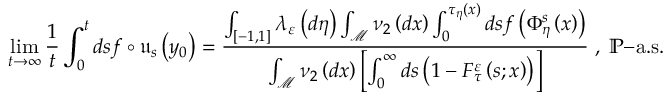
\operatorname* { l i m } _ { t \rightarrow \infty } \frac { 1 } { t } \int _ { 0 } ^ { t } d s f \circ \mathfrak { u } _ { s } \left( y _ { 0 } \right) = \frac { \int _ { \left[ - 1 , 1 \right] } \lambda _ { \varepsilon } \left( d \eta \right) \int _ { \mathcal { M } } \nu _ { 2 } \left( d x \right) \int _ { 0 } ^ { \tau _ { \eta } \left( x \right) } d s f \left( \Phi _ { \eta } ^ { s } \left( x \right) \right) } { \int _ { \mathcal { M } } \nu _ { 2 } \left( d x \right) \left[ \int _ { 0 } ^ { \infty } d s \left( 1 - F _ { \tau } ^ { \varepsilon } \left( s ; x \right) \right) \right] } \; , \; \mathbb { P } \mathrm { - a . s . }